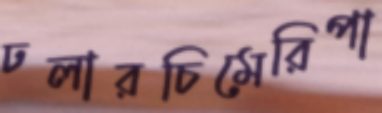
ঢলারচিমেরিপা